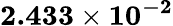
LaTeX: \mathbf{2.433\times 10^{-2}}